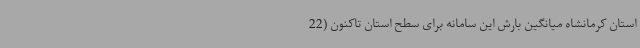
استان کرمانشاه میانگین بارش این سامانه برای سطح استان تاکنون (22